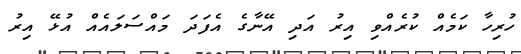
ހުރިހާ ކަމެއް ކުރެއްވި އިރު އަދި އޭނާގެ އެފަދަ މައްސަލައެއް އުޅޭ އިރު